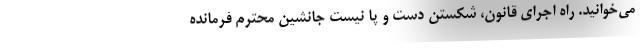
می‌خوانید. راه اجرای قانون، شکستن دست و پا نیست جانشین محترم فرمانده